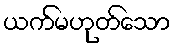
ယက်မဟုတ်သော